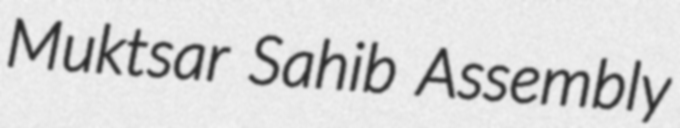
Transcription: Muktsar Sahib Assembly